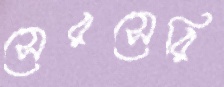
সেরসেরি